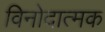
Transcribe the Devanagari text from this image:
विनोदात्मक